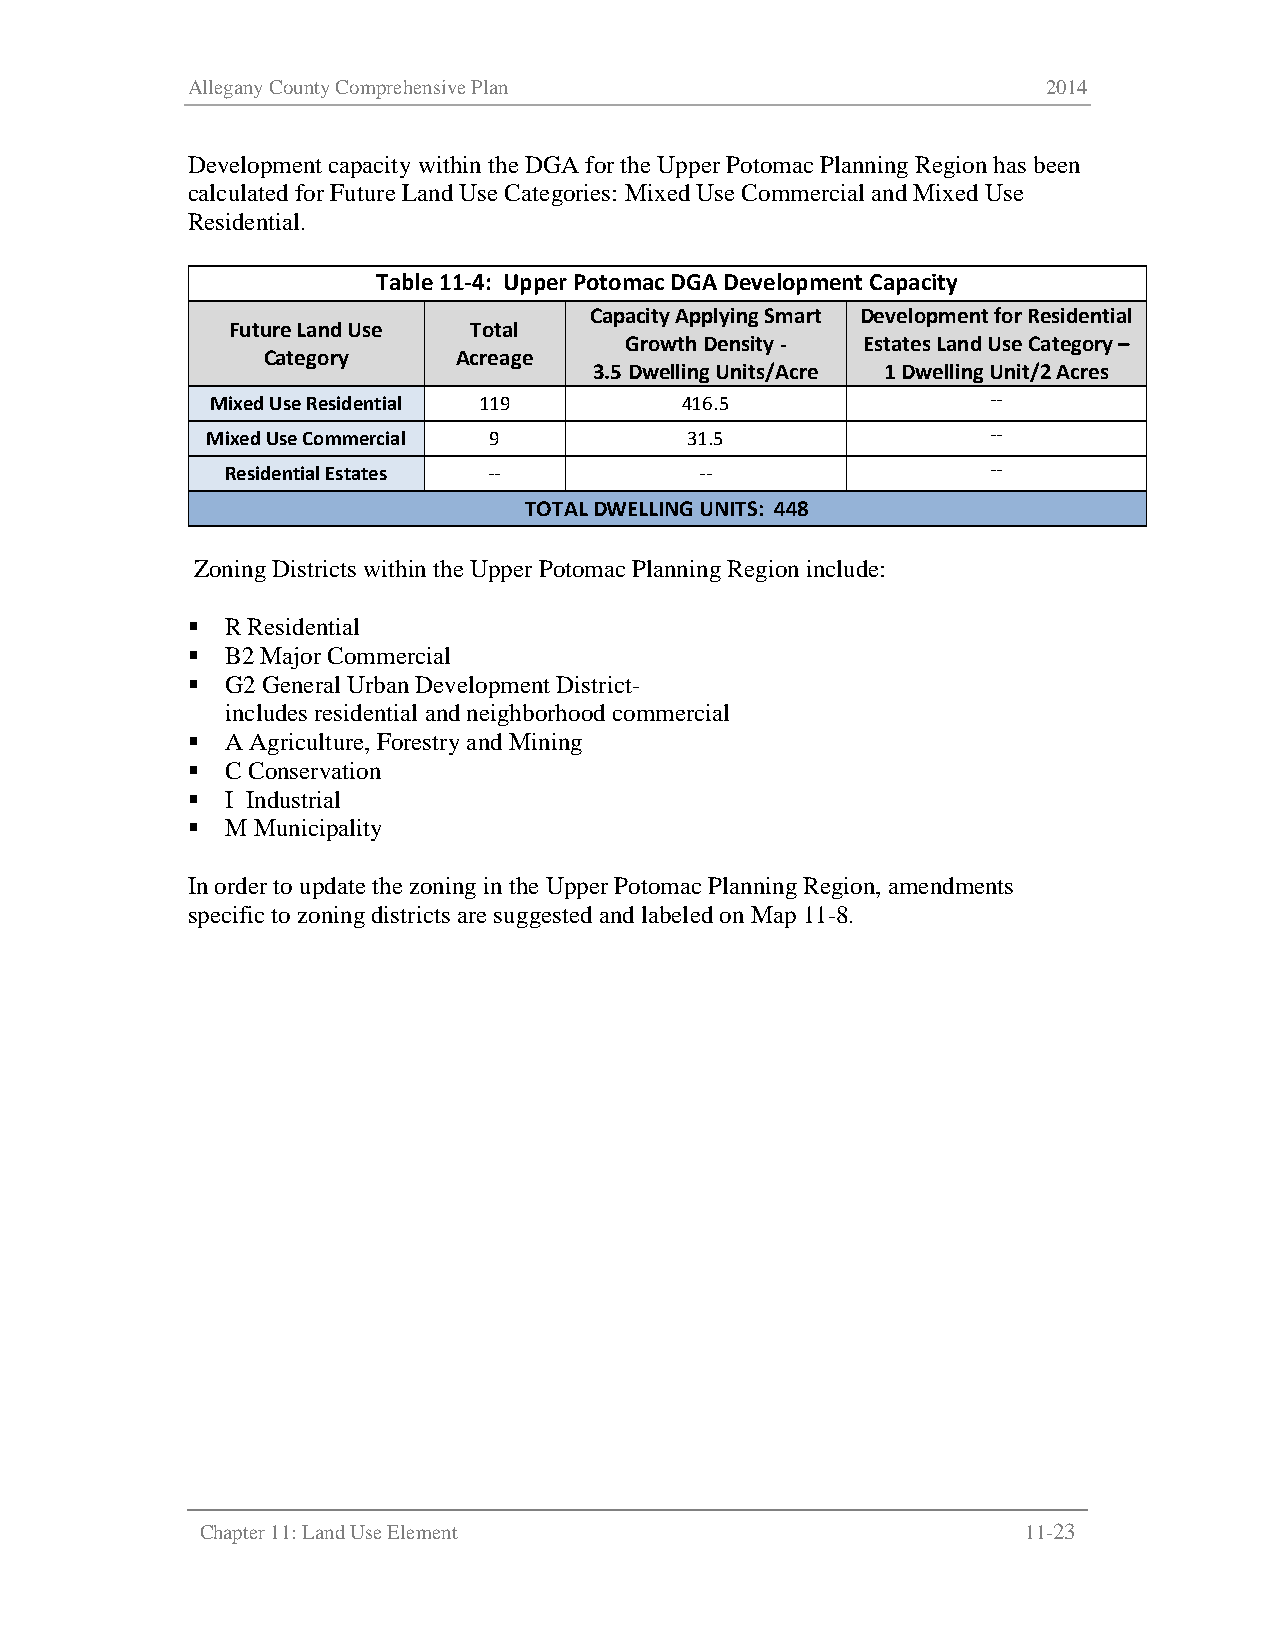
Allegany County Comprehensive Plan                       2014
 Development capacity within the DGA for the Upper Potomac Planning Region has been
 calculated for Future Land Use Categories: Mixed Use Commercial and Mixed Use
 Residential.
 Table 11-4: Upper Potomac DGA Development Capacity
 Capacity Applying Smart Development for Residential
 Future Land Use Total
 Growth Density - Estates Land Use Category –
 Category     Acreage
 3.5 Dwelling Units/Acre 1 Dwelling Unit/2 Acres
 Mixed Use Residential 119      416.5                --
 Mixed Use Commercial 9         31.5                 --
 Residential Estates --         --                  --
 TOTAL DWELLING UNITS: 448
 Zoning Districts within the Upper Potomac Planning Region include:
   R Residential
   B2 Major Commercial
   G2 General Urban Development District-
 includes residential and neighborhood commercial
   A Agriculture, Forestry and Mining
   C Conservation
   I Industrial
   M Municipality
 In order to update the zoning in the Upper Potomac Planning Region, amendments
 specific to zoning districts are suggested and labeled on Map 11-8.
 Chapter 11: Land Use Element                           11-23